Scottish Certificate of Education, 1962
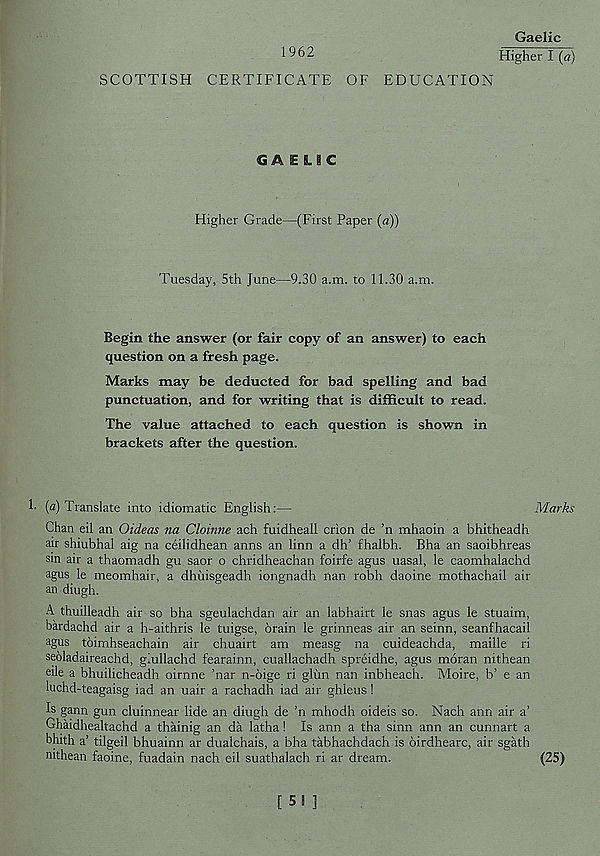
1962
Gaelic
Higher I (a)
SCOTTISH CERTIFICATE OF EDUCATION
GAELIC
Higher Grade—(First Paper (a))
Tuesday, 5th June—9.30 a.m. to 11.30 a.m.
Begin the answer (or fair copy of an answer) to each
question on a fresh page.
Marks may be deducted for bad spelling and bad
punctuation, and for writing that is difficult to read.
The value attached to each question is shown in
brackets after the question.
!• (a) Translate into idiomatic English:—
Marks
Chan eil an Oideas na Cloinne ach fuidheall crion de ’n mhaoin a bhitheadh
air shiubhal aig na ceilidhean anns an linn a dh’ fhalbh. Bha an saoibhreas
sm air a thaomadh gu saor o chridheachan foirfe agus uasal, le caomhalachd
agus le meomhair, a dhiiisgeadh iongnadh nan robh daoine mothachail air
an diugh.
A thuilleadh air so bha sgeulachdan air an labhairt le snas agus le stuaim,
bardachd air a h-aithris le tuigse, brain le grinneas air an seinn, seanfhacail
agus tbimhseachain air chuairt am measg na cuideachda, maille ri
seoladaireachd, giullachd fearainn, cuallachadh spreidhe, agus moran nithean
eile a bhuilicheadh oirnne ’nar n-6ige ri glim nan inbheach. Moire, b’ e an
luchd-teagaisg iad an uair a rachadh iad air ghleus!
Is gann gun cluinnear lide an diugh de ’n mhodh oideis so. Nach ann air a’
Ghaidhealtachd a thainig an da latha! Is ann a tha sinn ann an cunnart a
bhith a’ tilgeil bhuainn ar dualchais, a bha tabhachdach is birdhearc, air sgath
nithean faoine, fuadain nach eil suathalach ri ar dream.
(25)
[ 53 ]